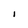
Character: l